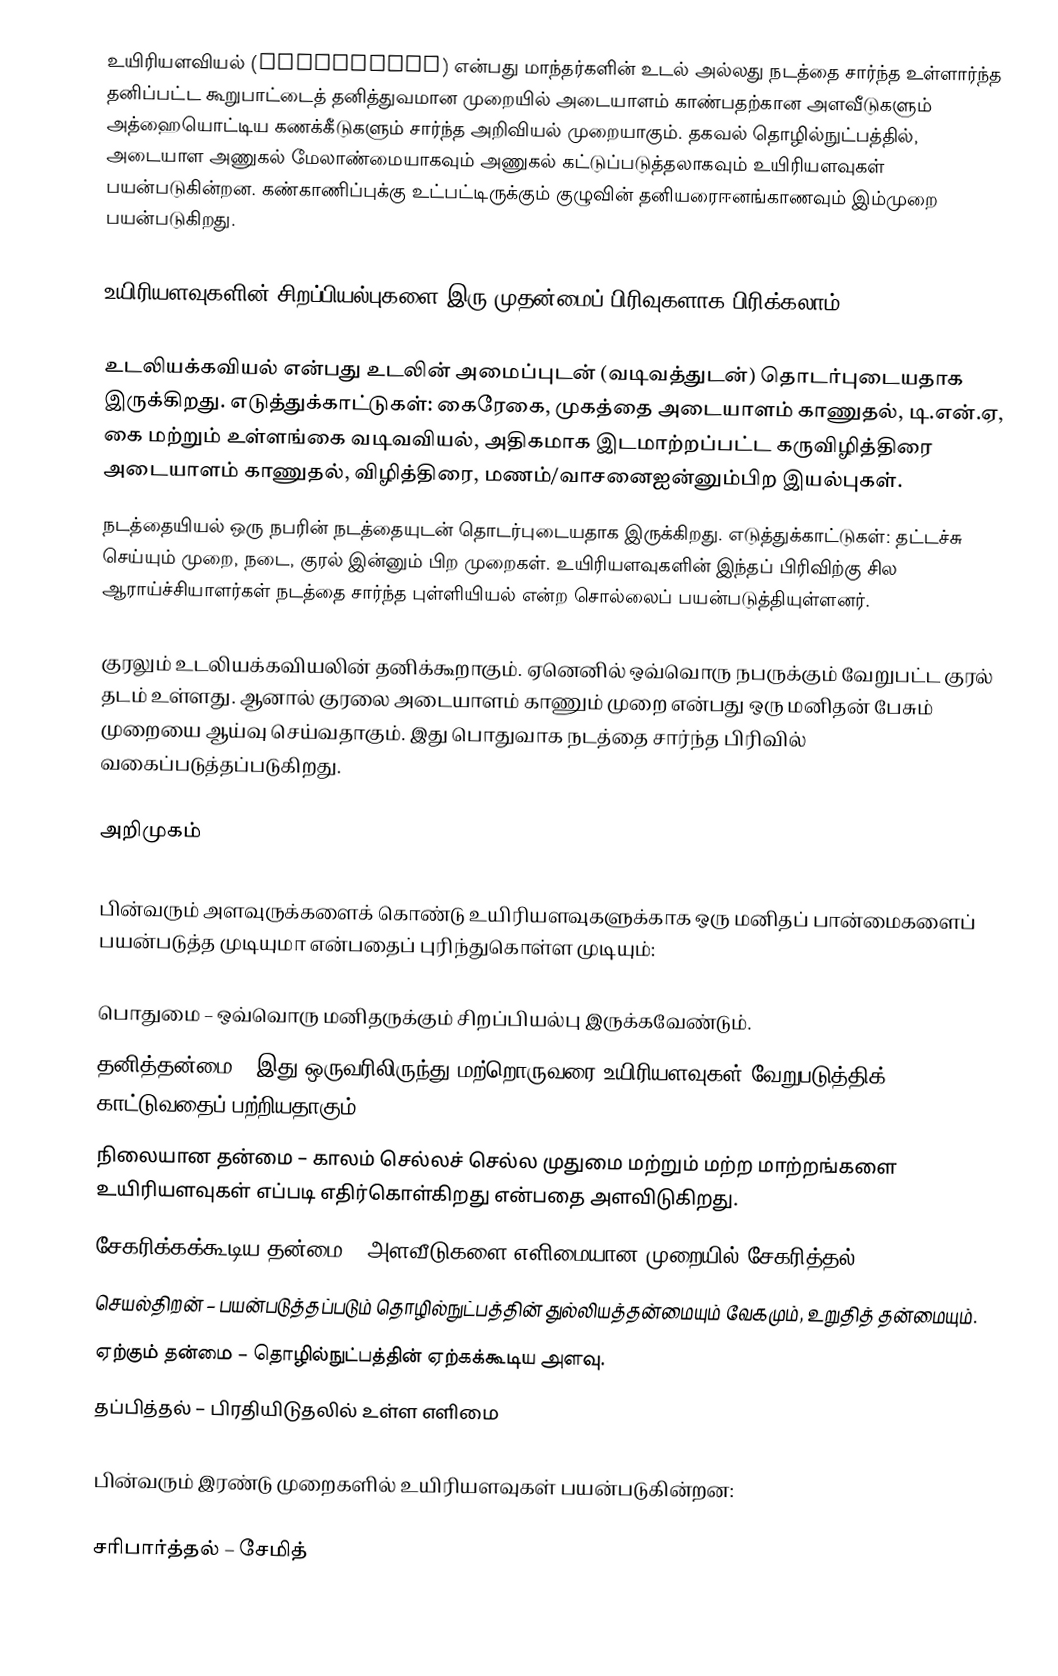
உயிரியளவியல் (biometrics) என்பது மாந்தர்களின் உடல் அல்லது நடத்தை சார்ந்த உள்ளார்ந்த தனிப்பட்ட கூறுபாட்டைத் தனித்துவமான முறையில் அடையாளம் காண்பதற்கான அளவீடுகளும் அத்ஹையொட்டிய கணக்கீடுகளும் சார்ந்த அறிவியல் முறையாகும். தகவல் தொழில்நுட்பத்தில், அடையாள அணுகல் மேலாண்மையாகவும் அணுகல் கட்டுப்படுத்தலாகவும் உயிரியளவுகள் பயன்படுகின்றன. கண்காணிப்புக்கு உட்பட்டிருக்கும்  குழுவின் தனியரைஈனங்காணவும் இம்முறை பயன்படுகிறது.

உயிரியளவுகளின் சிறப்பியல்புகளை இரு முதன்மைப் பிரிவுகளாக பிரிக்கலாம்:

 உடலியக்கவியல் என்பது உடலின் அமைப்புடன் (வடிவத்துடன்) தொடர்புடையதாக இருக்கிறது. எடுத்துக்காட்டுகள்: கைரேகை, முகத்தை அடையாளம் காணுதல், டி.என்.ஏ, கை மற்றும் உள்ளங்கை வடிவவியல், அதிகமாக இடமாற்றப்பட்ட கருவிழித்திரை அடையாளம் காணுதல், விழித்திரை, மணம்/வாசனைஐன்னும்பிற இயல்புகள்.
 நடத்தையியல் ஒரு நபரின் நடத்தையுடன் தொடர்புடையதாக இருக்கிறது. எடுத்துக்காட்டுகள்: தட்டச்சு செய்யும் முறை, நடை, குரல் இன்னும் பிற முறைகள். உயிரியளவுகளின் இந்தப் பிரிவிற்கு சில ஆராய்ச்சியாளர்கள் நடத்தை சார்ந்த புள்ளியியல் என்ற சொல்லைப் பயன்படுத்தியுள்ளனர்.

குரலும் உடலியக்கவியலின் தனிக்கூறாகும். ஏனெனில் ஒவ்வொரு நபருக்கும் வேறுபட்ட குரல் தடம் உள்ளது. ஆனால் குரலை அடையாளம் காணும் முறை என்பது ஒரு மனிதன் பேசும் முறையை ஆய்வு செய்வதாகும். இது பொதுவாக நடத்தை சார்ந்த பிரிவில் வகைப்படுத்தப்படுகிறது.

அறிமுகம்

பின்வரும் அளவுருக்களைக் கொண்டு உயிரியளவுகளுக்காக ஒரு மனிதப் பான்மைகளைப் பயன்படுத்த முடியுமா என்பதைப் புரிந்துகொள்ள முடியும்:

 பொதுமை – ஒவ்வொரு மனிதருக்கும் சிறப்பியல்பு இருக்கவேண்டும்.
 தனித்தன்மை – இது ஒருவரிலிருந்து மற்றொருவரை உயிரியளவுகள் வேறுபடுத்திக் காட்டுவதைப் பற்றியதாகும்.
 நிலையான தன்மை – காலம் செல்லச் செல்ல முதுமை மற்றும் மற்ற மாற்றங்களை உயிரியளவுகள் எப்படி எதிர்கொள்கிறது என்பதை அளவிடுகிறது.
 சேகரிக்கக்கூடிய தன்மை – அளவீடுகளை எளிமையான முறையில் சேகரித்தல்.
 செயல்திறன் – பயன்படுத்தப்படும் தொழில்நுட்பத்தின் துல்லியத்தன்மையும் வேகமும், உறுதித் தன்மையும்.
 ஏற்கும் தன்மை – தொழில்நுட்பத்தின் ஏற்கக்கூடிய அளவு.
 தப்பித்தல் – பிரதியிடுதலில் உள்ள எளிமை

பின்வரும் இரண்டு முறைகளில் உயிரியளவுகள் பயன்படுகின்றன:

 சரிபார்த்தல் – சேமித்